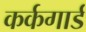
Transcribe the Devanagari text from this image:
कर्कगार्ड